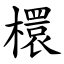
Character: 檈